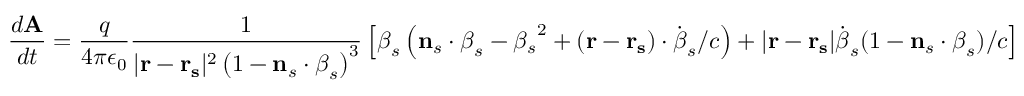
{ \frac { d \mathbf { A } } { d t } } = { \frac { q } { 4 \pi \epsilon _ { 0 } } } { \frac { 1 } { | \mathbf { r } - \mathbf { r _ { s } } | ^ { 2 } \left( 1 - \mathbf { n } _ { s } \cdot { \boldsymbol { \beta } } _ { s } \right) ^ { 3 } } } \left[ { \boldsymbol { \beta } } _ { s } \left( \mathbf { n } _ { s } \cdot { \boldsymbol { \beta } } _ { s } - { \beta _ { s } } ^ { 2 } + ( \mathbf { r } - \mathbf { r _ { s } } ) \cdot { \dot { \boldsymbol { \beta } } } _ { s } / c \right) + | \mathbf { r } - \mathbf { r _ { s } } | { \dot { \boldsymbol { \beta } } } _ { s } ( 1 - \mathbf { n } _ { s } \cdot { \boldsymbol { \beta } } _ { s } ) / c \right]